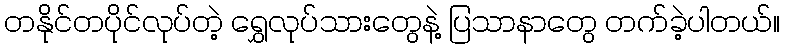
တနိုင်တပိုင်လုပ်တဲ့ ရွှေလုပ်သားတွေနဲ့ ပြသာနာတွေ တက်ခဲ့ပါတယ်။